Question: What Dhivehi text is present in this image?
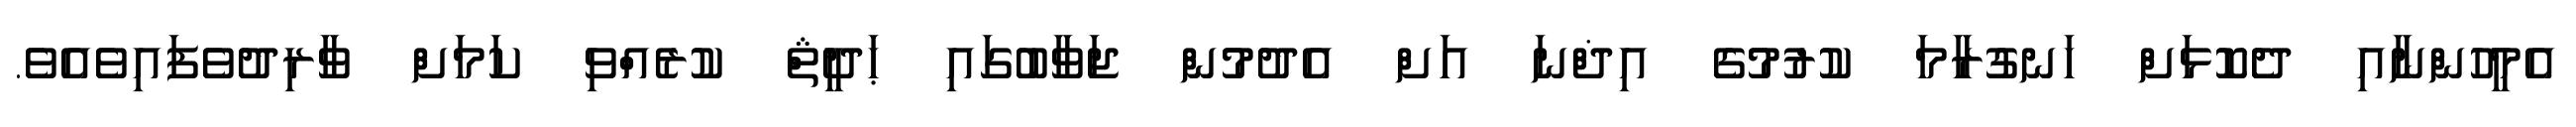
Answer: އެމީހުންނާއި ދެކޮޅަށް ހަނގުރާމަ ކުރުމުގެ އިޛްނަ އަށް އެދުމުން ޖަވާބުގައި ޙަދީޘް ކުރެއްވި ކަމަށް ވާރިދުވެފައިވެއެވެ.